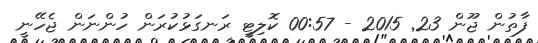
ފާތުން ޖޫން 23